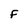
Character: F